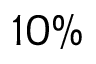
1 0 \%